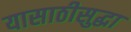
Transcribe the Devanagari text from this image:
यासाठीसुद्धा